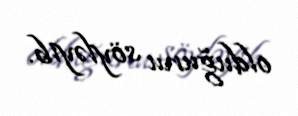
olduğunu söyləyib.